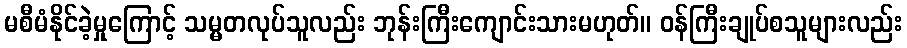
မစီမံနိုင်ခဲ့မှုကြောင့် သမ္မတလုပ်သူလည်း ဘုန်းကြီးကျောင်းသားမဟုတ်။ ဝန်ကြီးချုပ်စသူများလည်း